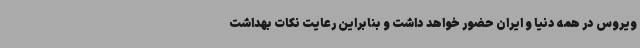
ویروس در همه دنیا و ایران حضور خواهد داشت و بنابراین رعایت نکات بهداشت